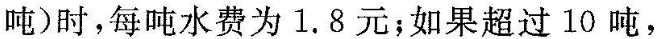
吨)时，每吨水费为1.8元；如果超过10吨，